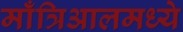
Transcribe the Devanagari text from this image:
माँत्रिआलमध्ये